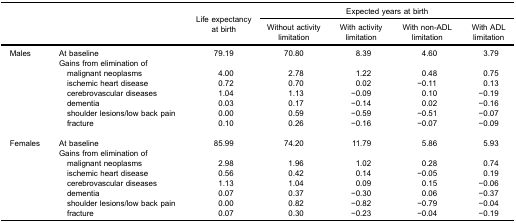
<table><thead><tr><td rowspan="5"><b> </b></td><td rowspan="5"><b> </b></td><td rowspan="5"><b>Life expectancyat birth</b></td><td colspan="4"><b>Expected years at birth</b></td></tr><tr><td><b>Without activitylimitation</b></td><td><b>With activitylimitation</b></td><td><b>With non-ADLlimitation</b></td><td><b>With ADLlimitation</b></td></tr></thead><tbody><tr><td>Males</td><td>At baseline</td><td>79.19</td><td>70.80</td><td>8.39</td><td>4.60</td><td>3.79</td></tr><tr><td> </td><td>Gains from elimination of</td><td> </td><td> </td><td> </td><td> </td><td> </td></tr><tr><td> </td><td> malignant neoplasms</td><td>4.00</td><td>2.78</td><td>1.22</td><td>0.48</td><td>0.75</td></tr><tr><td> </td><td> ischemic heart disease</td><td>0.72</td><td>0.70</td><td>0.02</td><td>−0.11</td><td>0.13</td></tr><tr><td> </td><td> cerebrovascular diseases</td><td>1.04</td><td>1.13</td><td>−0.09</td><td>0.10</td><td>−0.19</td></tr><tr><td> </td><td> dementia</td><td>0.03</td><td>0.17</td><td>−0.14</td><td>0.02</td><td>−0.16</td></tr><tr><td> </td><td> shoulder lesions/low back pain</td><td>0.00</td><td>0.59</td><td>−0.59</td><td>−0.51</td><td>−0.07</td></tr><tr><td> </td><td> fracture</td><td>0.10</td><td>0.26</td><td>−0.16</td><td>−0.07</td><td>−0.09</td></tr><tr><td>Females</td><td>At baseline</td><td>85.99</td><td>74.20</td><td>11.79</td><td>5.86</td><td>5.93</td></tr><tr><td> </td><td>Gains from elimination of</td><td> </td><td> </td><td> </td><td> </td><td> </td></tr><tr><td> </td><td> malignant neoplasms</td><td>2.98</td><td>1.96</td><td>1.02</td><td>0.28</td><td>0.74</td></tr><tr><td> </td><td> ischemic heart disease</td><td>0.56</td><td>0.42</td><td>0.14</td><td>−0.05</td><td>0.19</td></tr><tr><td> </td><td> cerebrovascular diseases</td><td>1.13</td><td>1.04</td><td>0.09</td><td>0.15</td><td>−0.06</td></tr><tr><td> </td><td> dementia</td><td>0.07</td><td>0.37</td><td>−0.30</td><td>0.06</td><td>−0.37</td></tr><tr><td> </td><td> shoulder lesions/low back pain</td><td>0.00</td><td>0.82</td><td>−0.82</td><td>−0.79</td><td>−0.04</td></tr><tr><td> </td><td> fracture</td><td>0.07</td><td>0.30</td><td>−0.23</td><td>−0.04</td><td>−0.19</td></tr></tbody></table>